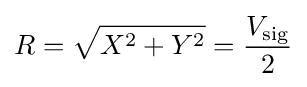
R={\sqrt {X^{2}+Y^{2}}}={\frac {V_{\text{sig}}}{2}}